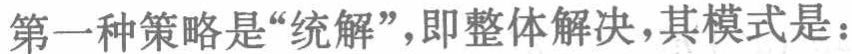
第一种策略是“统解”，即整体解决，其模式是：